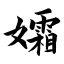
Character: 孀